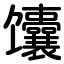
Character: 馕